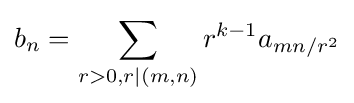
b_{n}=\sum _{r>0,r|(m,n)}r^{k-1}a_{mn/r^{2}}